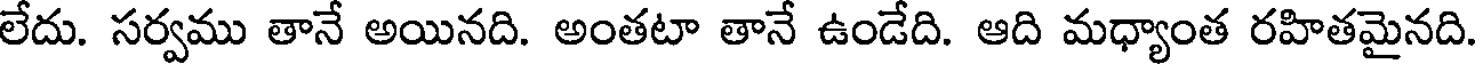
లేదు. సర్వము తానే అయినది. అంతటా తానే ఉండేది. ఆది మధ్యాంత రహితమైనది